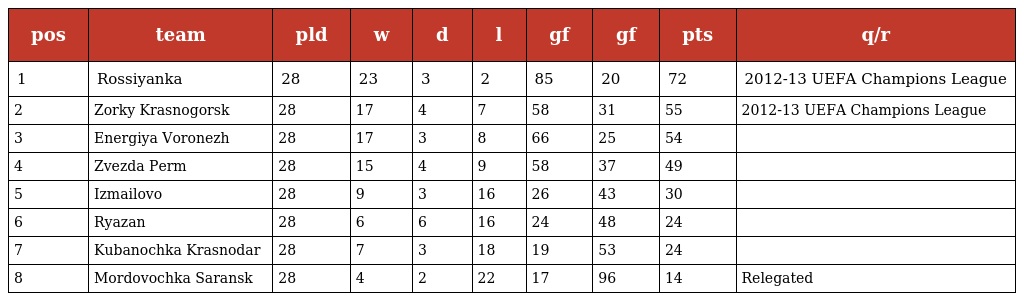
| pos | team | pld | w | d | l | gf | gf | pts | q/r |
 | --- | --- | --- | --- | --- | --- | --- | --- | --- | --- |
 | 1 | Rossiyanka | 28 | 23 | 3 | 2 | 85 | 20 | 72 | 2012-13 UEFA Champions League |
 | 2 | Zorky Krasnogorsk | 28 | 17 | 4 | 7 | 58 | 31 | 55 | 2012-13 UEFA Champions League |
 | 3 | Energiya Voronezh | 28 | 17 | 3 | 8 | 66 | 25 | 54 |  |
 | 4 | Zvezda Perm | 28 | 15 | 4 | 9 | 58 | 37 | 49 |  |
 | 5 | Izmailovo | 28 | 9 | 3 | 16 | 26 | 43 | 30 |  |
 | 6 | Ryazan | 28 | 6 | 6 | 16 | 24 | 48 | 24 |  |
 | 7 | Kubanochka Krasnodar | 28 | 7 | 3 | 18 | 19 | 53 | 24 |  |
 | 8 | Mordovochka Saransk | 28 | 4 | 2 | 22 | 17 | 96 | 14 | Relegated |